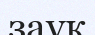
зауқ